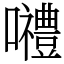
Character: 𡅏